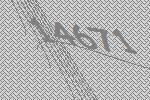
14671